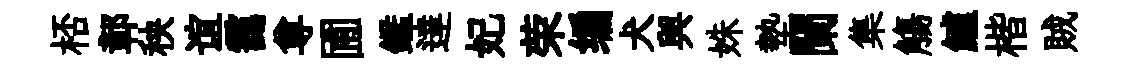
桮鄣秧谊靄尊圃鑑達妃荣编犬與姝墊闌集觴鱸楷賊